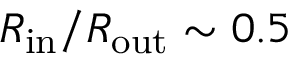
R _ { \mathrm { i n } } / R _ { \mathrm { o u t } } \sim 0 . 5